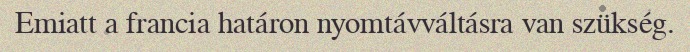
Emiatt a francia határon nyomtávváltásra van szükség.